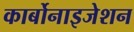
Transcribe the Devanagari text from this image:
कार्बोनाइजेशन